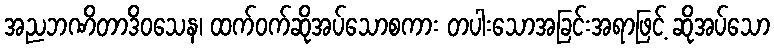
အညဘဏိတာဒိဝသေန၊ ထက်ဝက်ဆိုအပ်သောစကား တပါးသောအခြင်းအရာဖြင့် ဆိုအပ်သော